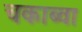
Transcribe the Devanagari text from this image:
चकाब्वा